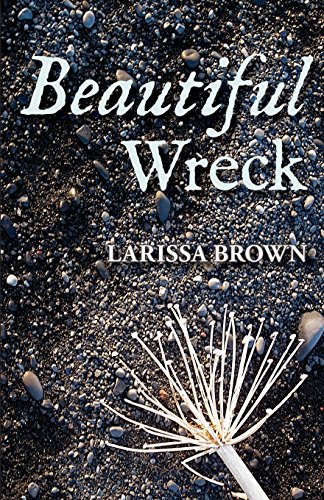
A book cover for Beautiful Wreck; Larissa Brown; Romance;